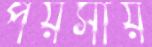
পয়সায়